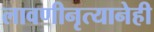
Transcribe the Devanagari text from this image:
लावणीनृत्यानेही